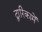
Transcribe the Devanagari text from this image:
द्वारिकामें